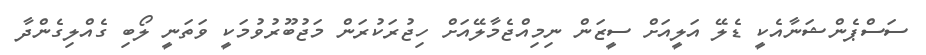
ސަސްޕެންޝަނާއެކީ ޑެލޭ އަލީއަށް ސީޒަން ނިމިއްޖެމާލޭއަށް ހިޖުރަކުރަން މަޖުބޫރުވުމަކީ ވަތަނީ ލޯބި ގެއްލިގެންދާ